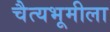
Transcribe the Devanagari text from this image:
चैत्यभूमीला